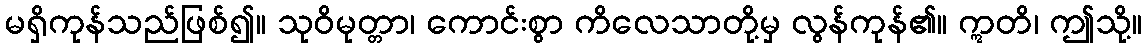
မရှိကုန်သည်ဖြစ်၍။ သုဝိမုတ္တာ၊ ကောင်းစွာ ကိလေသာတို့မှ လွန်ကုန်၏။ ဣတိ၊ ဤသို့။